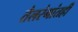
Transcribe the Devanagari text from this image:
तैलरंगांतही